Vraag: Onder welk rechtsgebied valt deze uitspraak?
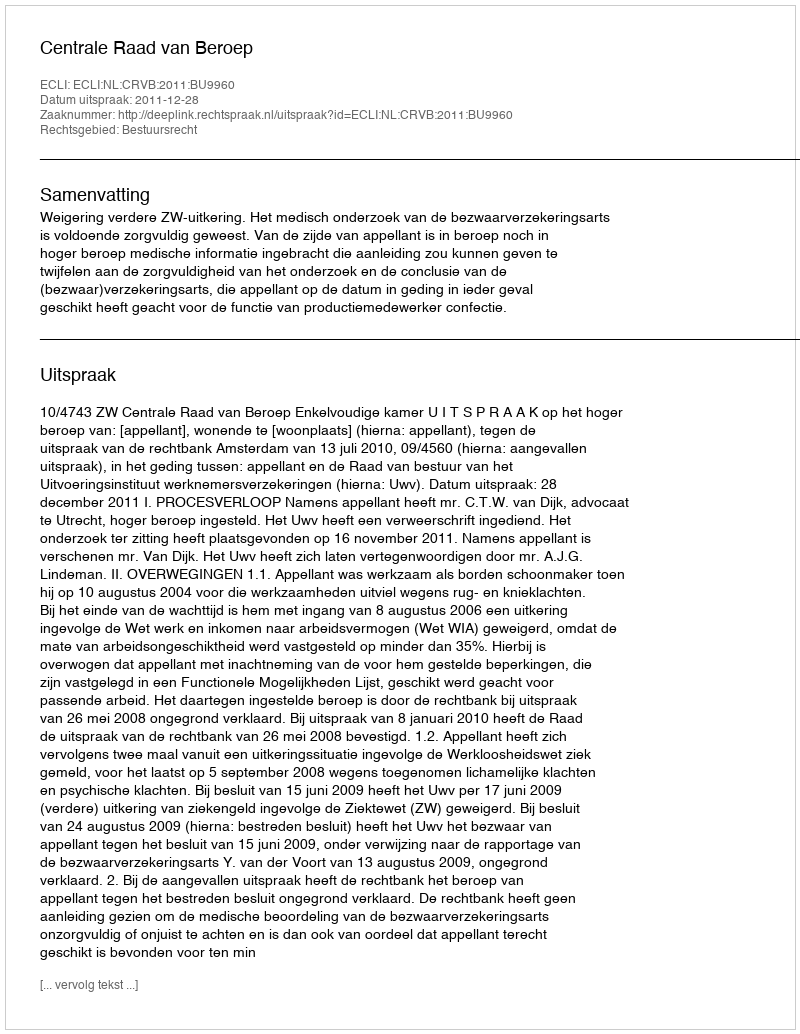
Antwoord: Bestuursrecht